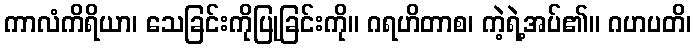
ကာလံကိရိယာ၊ သေခြင်းကိုပြုခြင်းကို။ ဂရဟိတာစ၊ ကဲ့ရဲ့အပ်၏။ ဂဟပတိ၊